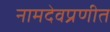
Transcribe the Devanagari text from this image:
नामदेवप्रणीत